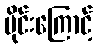
မိုင်းကြောင့်